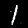
Label: 1